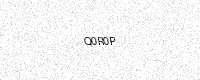
Text: Q0R0P